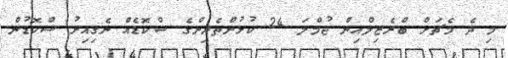
މި ދެ މެޗަށް ބްރެޒިލްއިން ޖުމްލަ 24 ކުޅުންތެރިންގެ ސްކޮޑެއް ނެގިއިރު ސްކޮޑުން